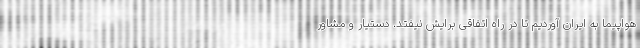
هواپیما به ایران آوردیم تا در راه اتفاقی برایش نیفتد. دستیار و مشاور